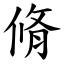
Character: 脩